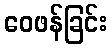
ဝေဖန်ခြင်း